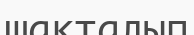
шақталып